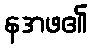
နအဖ၏